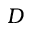
D